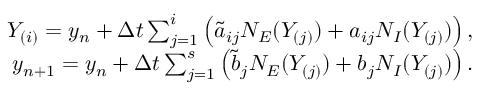
\begin{array} { r } { Y _ { ( i ) } = y _ { n } + \Delta t \sum _ { j = 1 } ^ { i } \left( \tilde { a } _ { i j } N _ { E } ( Y _ { ( j ) } ) + a _ { i j } N _ { I } ( Y _ { ( j ) } ) \right) , } \\ { y _ { n + 1 } = y _ { n } + \Delta t \sum _ { j = 1 } ^ { s } \left( \tilde { b } _ { j } N _ { E } ( Y _ { ( j ) } ) + b _ { j } N _ { I } ( Y _ { ( j ) } ) \right) . } \end{array}